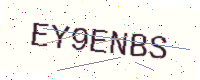
Text: EY9ENBS